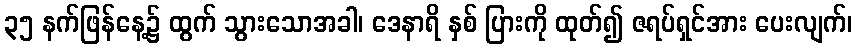
၃၅ နက်ဖြန်နေ့၌ ထွက် သွားသောအခါ၊ ဒေနာရိ နှစ် ပြားကို ထုတ်၍ ဇရပ်ရှင်အား ပေးလျက်၊